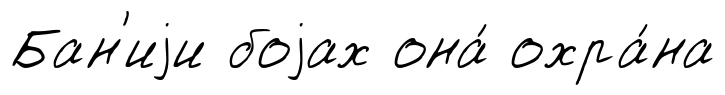
Бан'иjи боjах она́ охра́на